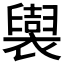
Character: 𧞜